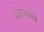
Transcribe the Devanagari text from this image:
मेगष्थनिज़